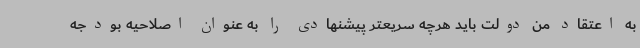
به اعتقاد من دولت باید هرچه سریعتر پیشنهادی را به عنوان اصلاحیه بودجه